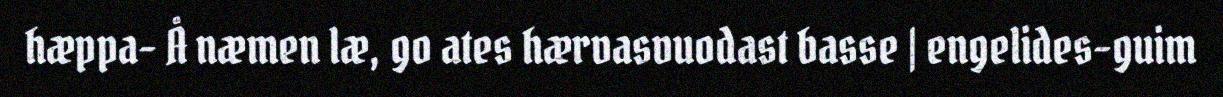
hæppa- Å næmen læ, go ates hærvasvuodast basse | engelides-guim